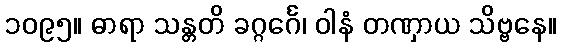
၁၀၉၅။ ဓာရာ သန္တတိ ခဂ္ဂင်္ဂေ၊ ဝါနံ တဏှာယ သိဗ္ဗနေ။